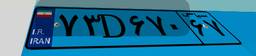
۴۵D۳۱۰۵۶